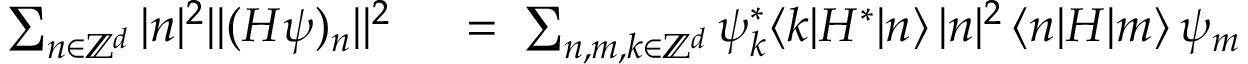
\begin{array} { r l } { \sum _ { n \in { \mathbb Z } ^ { d } } | n | ^ { 2 } \| ( H \psi ) _ { n } \| ^ { 2 } } & { { } \; = \; \sum _ { n , m , k \in { \mathbb Z } ^ { d } } \psi _ { k } ^ { * } \langle k | H ^ { * } | n \rangle \, | n | ^ { 2 } \, \langle n | H | m \rangle \, \psi _ { m } } \end{array}